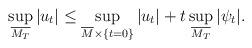
LaTeX: \begin{align*}\sup_{\overline{M_T}}|u_t| \leq \sup_{\overline{M}\times \{t=0\}} |u_t| + t\sup_{\overline{M_T}}|\psi_t|.\end{align*}